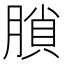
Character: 䐝